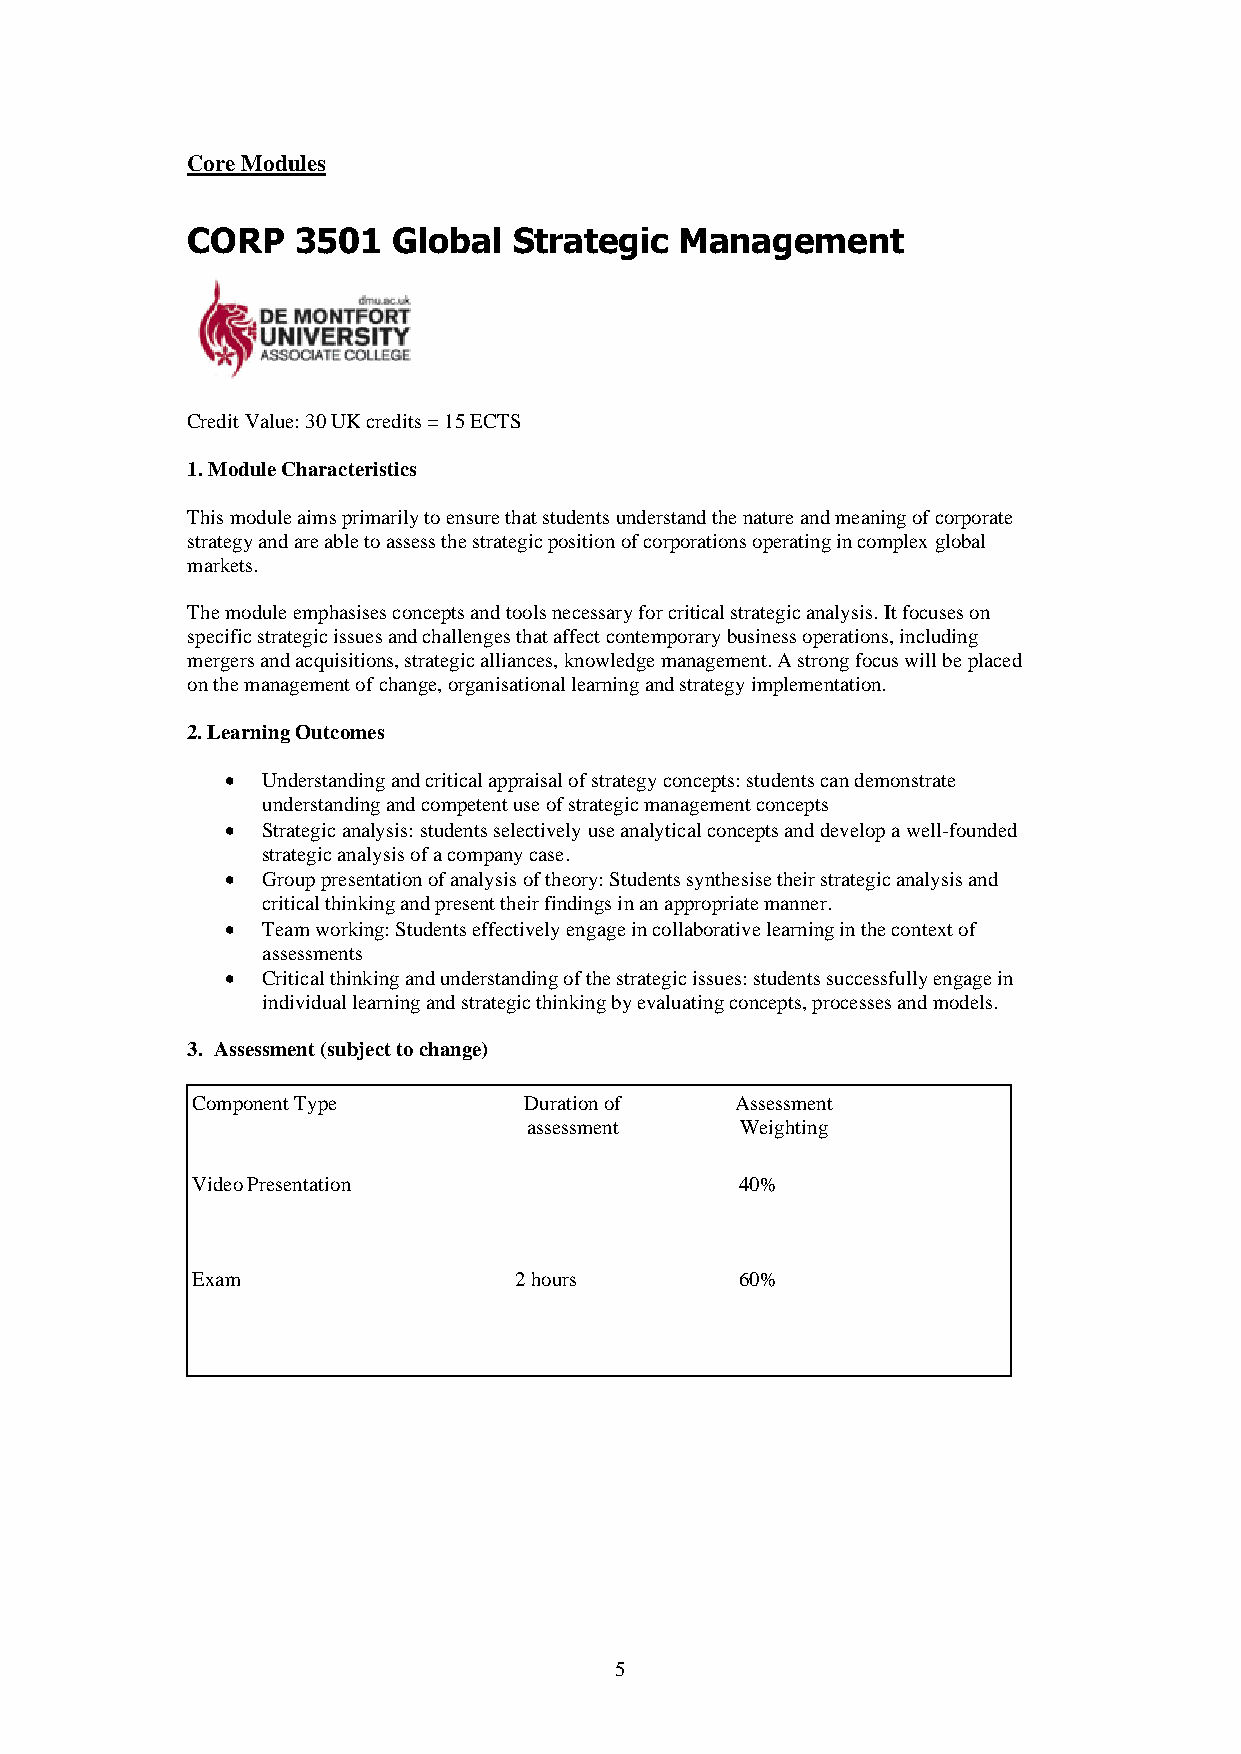
Core Modules
 CORP    3501  Global  Strategic  Management
 Credit Value: 30 UK credits = 15 ECTS
 1. Module Characteristics
 This module aims primarily to ensure that students understand the nature and meaning of corporate
 strategy and are able to assess the strategic position of corporations operating in complex global
 markets.
 The module emphasises concepts and tools necessary for critical strategic analysis. It focuses on
 specific strategic issues and challenges that affect contemporary business operations, including
 mergers and acquisitions, strategic alliances, knowledge management. A strong focus will be placed
 on the management of change, organisational learning and strategy implementation.
 2. Learning Outcomes
 • Understanding and critical appraisal of strategy concepts: students can demonstrate
 understanding and competent use of strategic management concepts
 • Strategic analysis: students selectively use analytical concepts and develop a well-founded
 strategic analysis of a company case.
 • Group presentation of analysis of theory: Students synthesise their strategic analysis and
 critical thinking and present their findings in an appropriate manner.
 • Team working: Students effectively engage in collaborative learning in the context of
 assessments
 • Critical thinking and understanding of the strategic issues: students successfully engage in
 individual learning and strategic thinking by evaluating concepts, processes and models.
 3. Assessment (subject to change)
 Component Type        Duration of   Assessment
 assessment    Weighting
 Video Presentation                  40%
 Exam                 2 hours        60%
 5